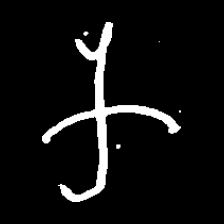
Pyu character \u2014 Myanmar letter: က (romanized: ka)